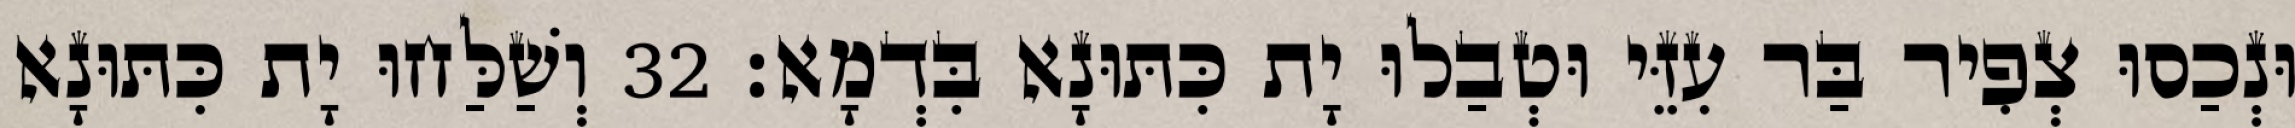
וּנְכַסוּ צְפִיר בַּר עִזֵּי וּטְבַלוּ יָת כִּתּוּנָא בִּדְמָא׃ 32 וְשַׁלַּחוּ יָת כִּתּוּנָא